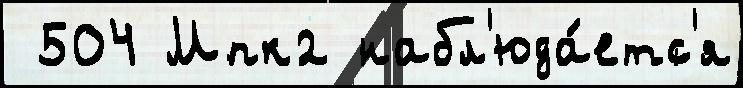
 504 Мпк2 набл'юда́етс'я